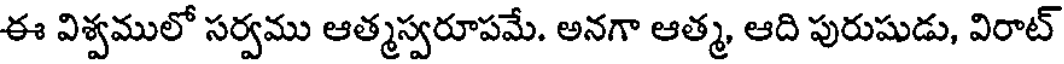
ఈ విశ్వములో సర్వము ఆత్మస్వరూపమే. అనగా ఆత్మ, ఆది పురుషుడు, విరాట్